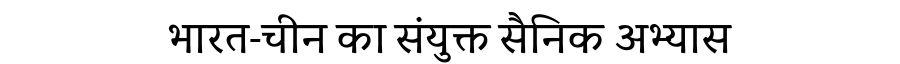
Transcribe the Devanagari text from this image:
भारत-चीन का संयुक्त सैनिक अभ्यास